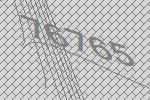
76765